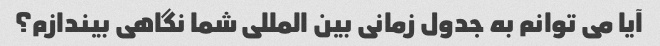
آیا می توانم به جدول زمانی بین المللی شما نگاهی بیندازم؟